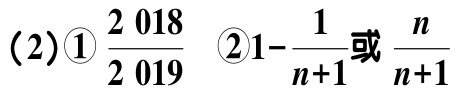
（2）\textcircled{1}$\frac{2\ 018}{2\ 019}$ \textcircled{2}$1 - \frac{1}{n + 1}$或$\frac{n}{n + 1}$